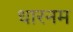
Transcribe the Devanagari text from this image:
धारनम